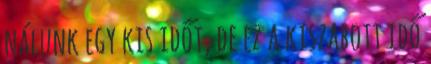
nálunk egy kis időt, de ez a kiszabott idő